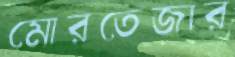
মোরতেজার